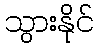
သွားနိုင်